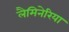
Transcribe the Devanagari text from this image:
लैमिनेरिया